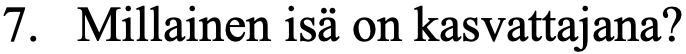
7. Millainen isä on kasvattajana?